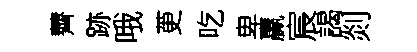
薺跡哦茰吃卑贏宸謁剡